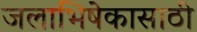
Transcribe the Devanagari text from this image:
जलाभिषेकासाठी